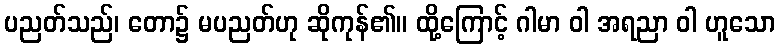
ပညတ်သည်၊ တော၌ မပညတ်ဟု ဆိုကုန်၏။ ထို့ကြောင့် ဂါမာ ဝါ အရညာ ဝါ ဟူသော